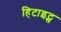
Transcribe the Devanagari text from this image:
हिटाइट्स